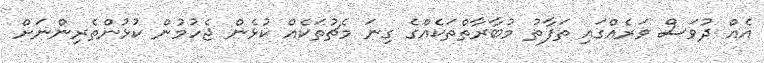
އެއް ދުވަސް ވަރެއްގައި ތަފާތު މުބާރާތްތަކެއްގެ ގިނަ މެޗުތަކެއް ކުޅެން ޖެހުމުން ކުޅުންތެރިންނަށް